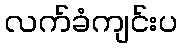
လက်ခံကျင်းပ